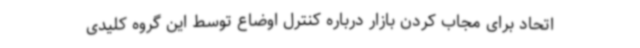
اتحاد برای مجاب کردن بازار درباره کنترل اوضاع توسط این گروه کلیدی